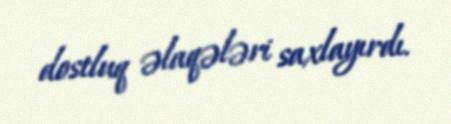
dostluq əlaqələri saxlayırdı.